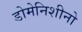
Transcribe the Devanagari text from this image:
डोमेनिशीनो